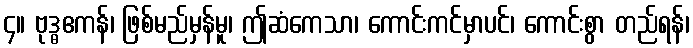
၄။ ဗုဒ္ဓဧကန်၊ ဖြစ်မည်မှန်မူ၊ ဤဆံကေသာ၊ ကောင်းကင်မှာပင်၊ ကောင်းစွာ တည်ရန်၊